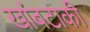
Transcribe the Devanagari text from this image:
खांबटाकी